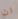
ان